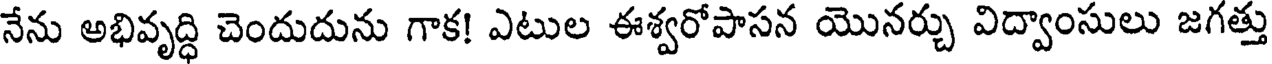
నేను అభివృద్ధి చెందుదును గాక! ఎటుల ఈశ్వరోపాసన యొనర్చు విద్వాంసులు జగత్తు